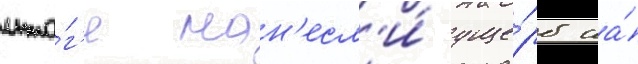
ито́г'е нан'есл'и́ уще́рб на́